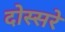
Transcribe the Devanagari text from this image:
दोस्सरे